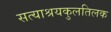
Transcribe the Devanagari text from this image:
सत्याश्रयकुलतिलक